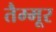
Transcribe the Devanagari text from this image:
तैम्मूर